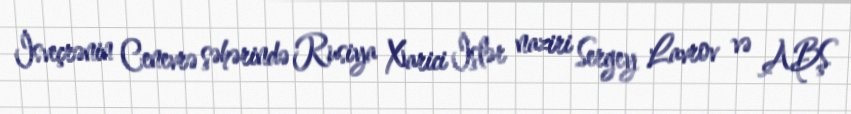
İsveçrənin Cenevrə şəhərində Rusiya Xarici İşlər naziri Sergey Lavrov və ABŞ